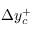
\Delta y _ { c } ^ { + }